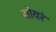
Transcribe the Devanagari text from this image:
सोयरं